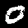
Digit: 0